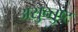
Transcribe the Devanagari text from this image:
असुन्तुष्ट